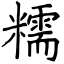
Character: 糯